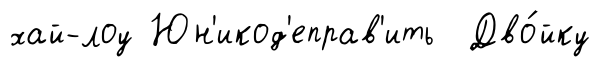
хай-лоу Юн'икод'еправ'ить Дво́йку